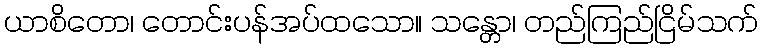
ယာစိတော၊ တောင်းပန်အပ်ထသော။ သန္တော၊ တည်ကြည်ငြိမ်သက်